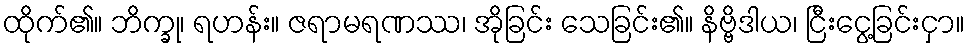
ထိုက်၏။ ဘိက္ခု၊ ရဟန်း။ ဇရာမရဏဿ၊ အိုခြင်း သေခြင်း၏။ နိဗ္ဗိဒါယ၊ ငြီးငွေ့ခြင်းငှာ။